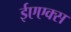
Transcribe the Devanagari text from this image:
ईएएक्स